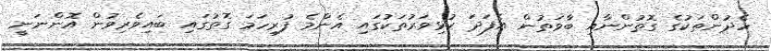
ހެދުންތަކުގެ ގޮތުންނާއި ބާވަތުން އެފަދަ ކުޅިވަރުތަކުގައި އެންމެ ފުރިހަމަ ގޮތުގައި ބައިވެރިވުން އޮންނަނީ